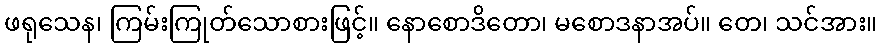
ဖရုသေန၊ ကြမ်းကြုတ်သောစားဖြင့်။ နောစောဒိတော၊ မစောဒနာအပ်။ တေ၊ သင်အား။